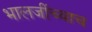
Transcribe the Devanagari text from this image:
भालजींच्याच